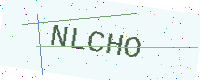
Text: NLCHO